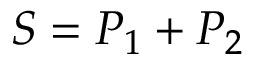
S = P _ { 1 } + P _ { 2 }